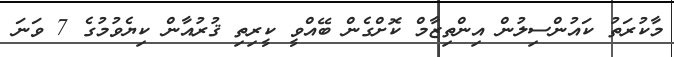
މާކުރަތު ކައުންސިލުން އިންތިޒާމް ކޮށްގެން ބޭއްވީ ކީރިތި ޤުރުއާން ކިޔެވުމުގެ 7 ވަަނަ